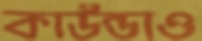
কাউন্ডাও